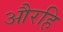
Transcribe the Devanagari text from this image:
औरहि